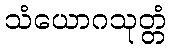
သံယောဂသုတ္တံ